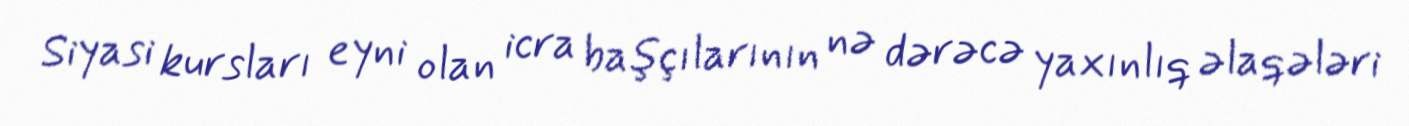
Siyasi kursları eyni olan icra başçılarının nə dərəcə yaxınlıq əlaqələri